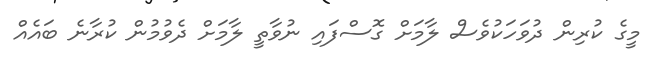
މީގެ ކުރިން ދުވަހަކުވެސް ލާމަށް ގޮސްފައި ނުވާތީ ލާމަށް ދެވުމުން ކުރާނެ ބައެއް